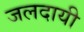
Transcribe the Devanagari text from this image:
जलदायी